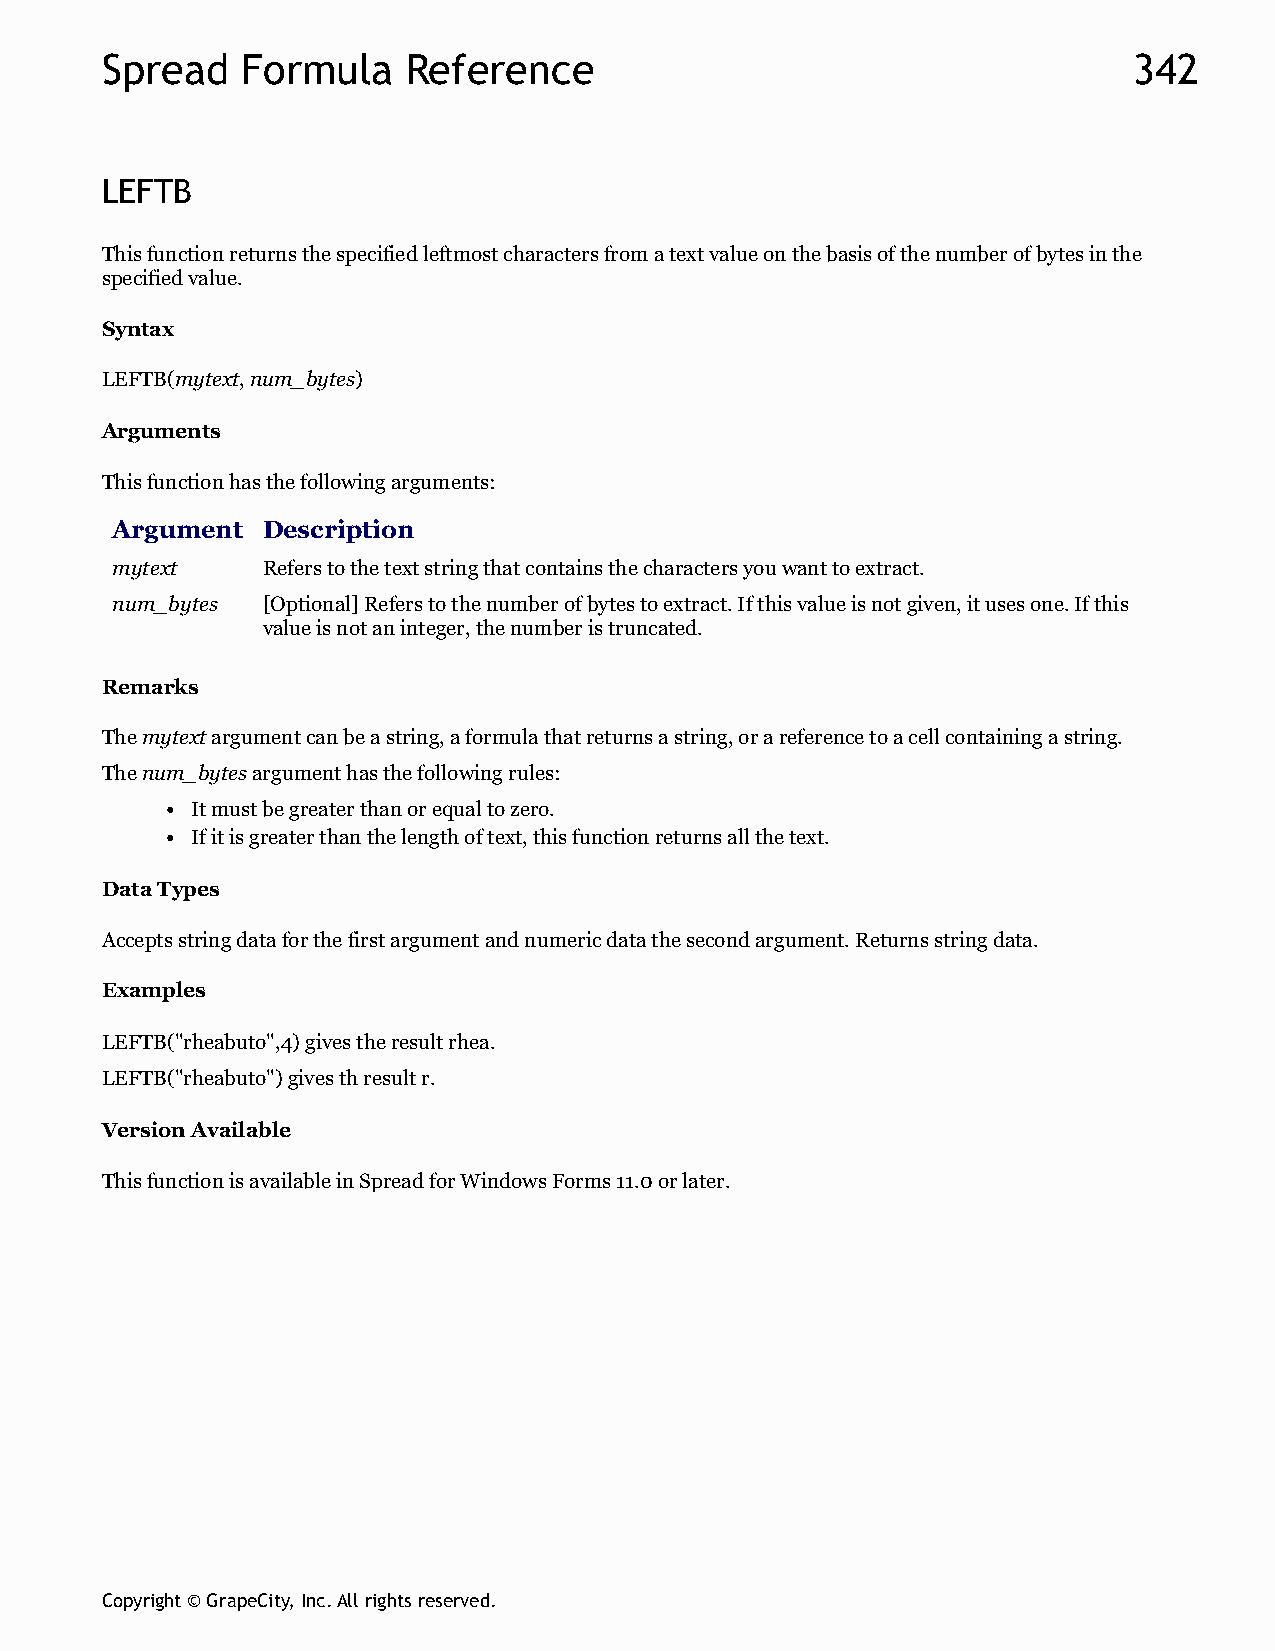
Spread   Formula    Reference                                       342
 LEFTB
 This function returns the specified leftmost characters from a text value on the basis of the number of bytes in the
 specified value.
 Syntax
 LEFTB(mytext, num_bytes)
 Arguments
 This function has the following arguments:
 Argument  Description
 mytext    Refers to the text string that contains the characters you want to extract.
 num_bytes [Optional] Refers to the number of bytes to extract. If this value is not given, it uses one. If this
 value is not an integer, the number is truncated.
 Remarks
 The mytext argument can be a string, a formula that returns a string, or a reference to a cell containing a string.
 The num_bytes argument has the following rules:
 It must be greater than or equal to zero.
 If it is greater than the length of text, this function returns all the text.
 Data Types
 Accepts string data for the first argument and numeric data the second argument. Returns string data.
 Examples
 LEFTB("rheabuto",4) gives the result rhea.
 LEFTB("rheabuto") gives th result r.
 Version Available
 This function is available in Spread for Windows Forms 11.0 or later.
 Copyright © GrapeCity, Inc. All rights reserved.